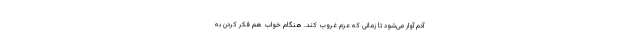
آدم آوار می‌شود تا زمانی که عزم غروب کند. هنگام خواب هم فکر کردن به